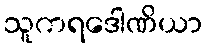
သူကရဒေါဏိယာ